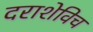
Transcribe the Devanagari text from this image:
दराशेविच